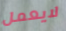
لايعمل